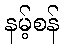
နမ့်စန်